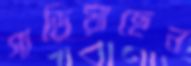
গাড়িয়াছেন